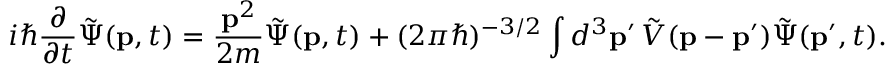
i \hbar { \frac { \partial } { \partial t } } { \tilde { \Psi } } ( \mathbf { p } , t ) = { \frac { \mathbf { p } ^ { 2 } } { 2 m } } { \tilde { \Psi } } ( \mathbf { p } , t ) + ( 2 \pi \hbar ) ^ { - 3 / 2 } \int d ^ { 3 } \mathbf { p } ^ { \prime } \, { \tilde { V } } ( \mathbf { p } - \mathbf { p } ^ { \prime } ) { \tilde { \Psi } } ( \mathbf { p } ^ { \prime } , t ) .